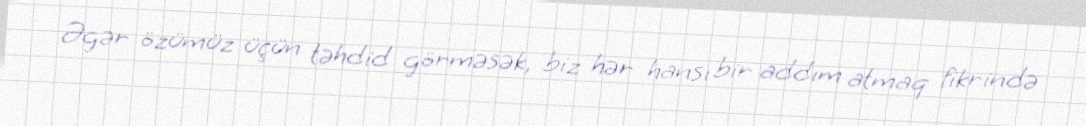
Əgər özümüz üçün təhdid görməsək, biz hər hansı bir addım atmaq fikrində